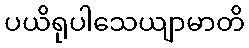
ပယိရုပါသေယျာမာတိ